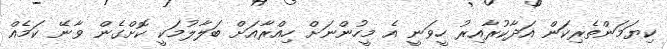
ކިޔަމަންތެރިކަން އަދާކުރާއިރު ހީވަނީ އެ މީހުންނަށް ހިއްރާއަށް ބަލާލުމަކީ ކޮށްގެން ވާނޭ ކަމެއް